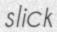
slick